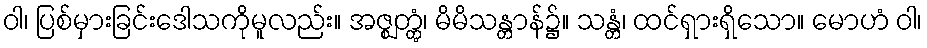
ဝါ၊ ပြစ်မှားခြင်းဒေါသကိုမူလည်း။ အဇ္ဈတ္တွံ၊ မိမိသန္တာန်၌။ သန္တံ၊ ထင်ရှားရှိသော။ မောဟံ ဝါ၊